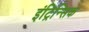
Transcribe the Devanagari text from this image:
इंट्रिन्सिक